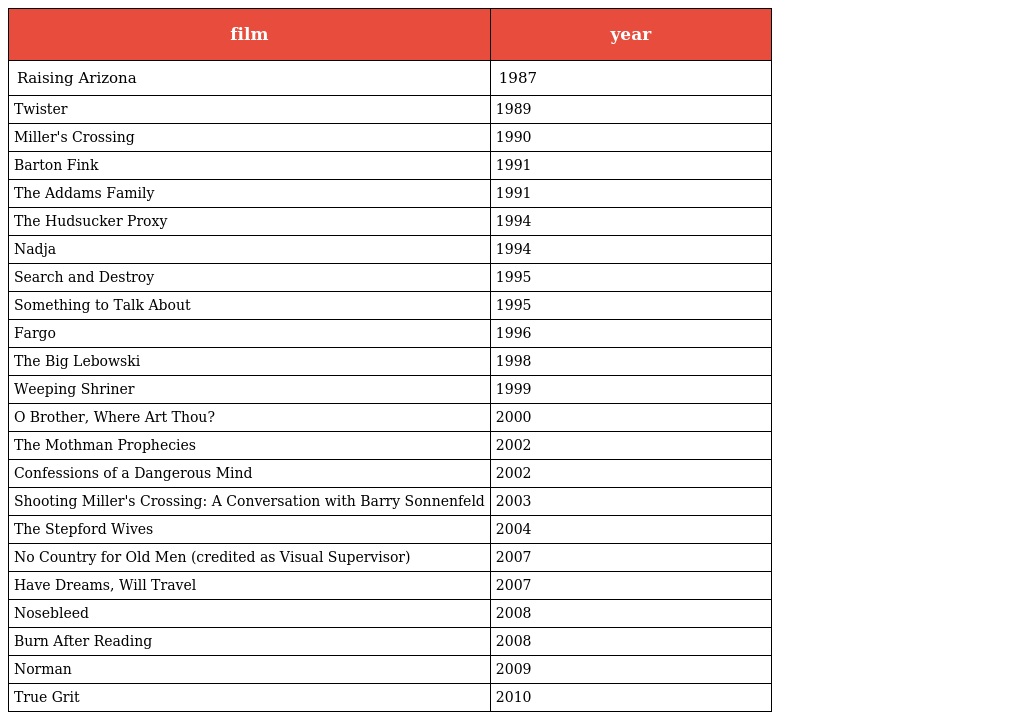
| film | year |
 | --- | --- |
 | Raising Arizona | 1987 |
 | Twister | 1989 |
 | Miller's Crossing | 1990 |
 | Barton Fink | 1991 |
 | The Addams Family | 1991 |
 | The Hudsucker Proxy | 1994 |
 | Nadja | 1994 |
 | Search and Destroy | 1995 |
 | Something to Talk About | 1995 |
 | Fargo | 1996 |
 | The Big Lebowski | 1998 |
 | Weeping Shriner | 1999 |
 | O Brother, Where Art Thou? | 2000 |
 | The Mothman Prophecies | 2002 |
 | Confessions of a Dangerous Mind | 2002 |
 | Shooting Miller's Crossing: A Conversation with Barry Sonnenfeld | 2003 |
 | The Stepford Wives | 2004 |
 | No Country for Old Men (credited as Visual Supervisor) | 2007 |
 | Have Dreams, Will Travel | 2007 |
 | Nosebleed | 2008 |
 | Burn After Reading | 2008 |
 | Norman | 2009 |
 | True Grit | 2010 |